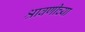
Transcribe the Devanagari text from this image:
श्रावणीच्या